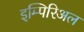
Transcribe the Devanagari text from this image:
इम्पिरिअल